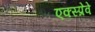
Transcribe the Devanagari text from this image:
एक्स्प्रेवे